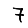
Digit: 7